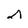
Character: D